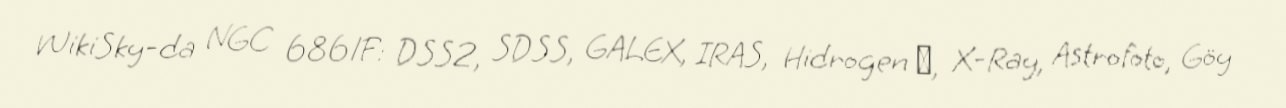
WikiSky-da NGC 6861F: DSS2, SDSS, GALEX, IRAS, Hidrogen α, X-Ray, Astrofoto, Göy